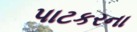
પાટકરના